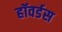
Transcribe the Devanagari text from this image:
हॉवर्डस